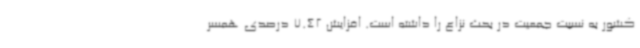
کشور به نسبت جمعیت در بحث نزاع را داشته است. افزایش 7.42 درصدی همسر